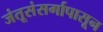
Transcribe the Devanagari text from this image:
जंतूसंसर्गापासून